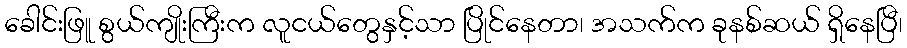
ခေါင်းဖြူ စွယ်ကျိုးကြီးက လူငယ်တွေနှင့်သာ ပြိုင်နေတာ၊ အသက်က ခုနစ်ဆယ် ရှိနေပြီ၊